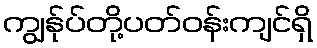
ကျွန်ုပ်တို့ပတ်ဝန်းကျင်ရှိ